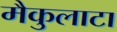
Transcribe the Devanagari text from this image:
मैकुलाटा